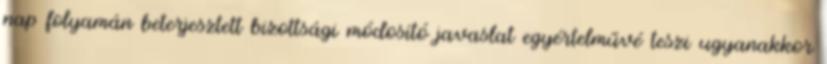
nap folyamán beterjesztett bizottsági módosító javaslat egyértelművé teszi ugyanakkor